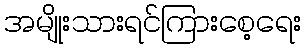
အမျိုးသားရင်ကြားစေ့ရေး